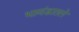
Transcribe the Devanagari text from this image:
भावंडातले